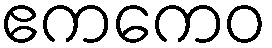
ဧကကေဝ